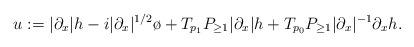
LaTeX: \begin{align*}u := |\partial_x| h- i |\partial_x|^{1/2} \o+T_{p_1} P_{\geq 1}|\partial_x| h + T_{p_0} P_{\geq 1}|\partial_x|^{-1} \partial_x h .\end{align*}